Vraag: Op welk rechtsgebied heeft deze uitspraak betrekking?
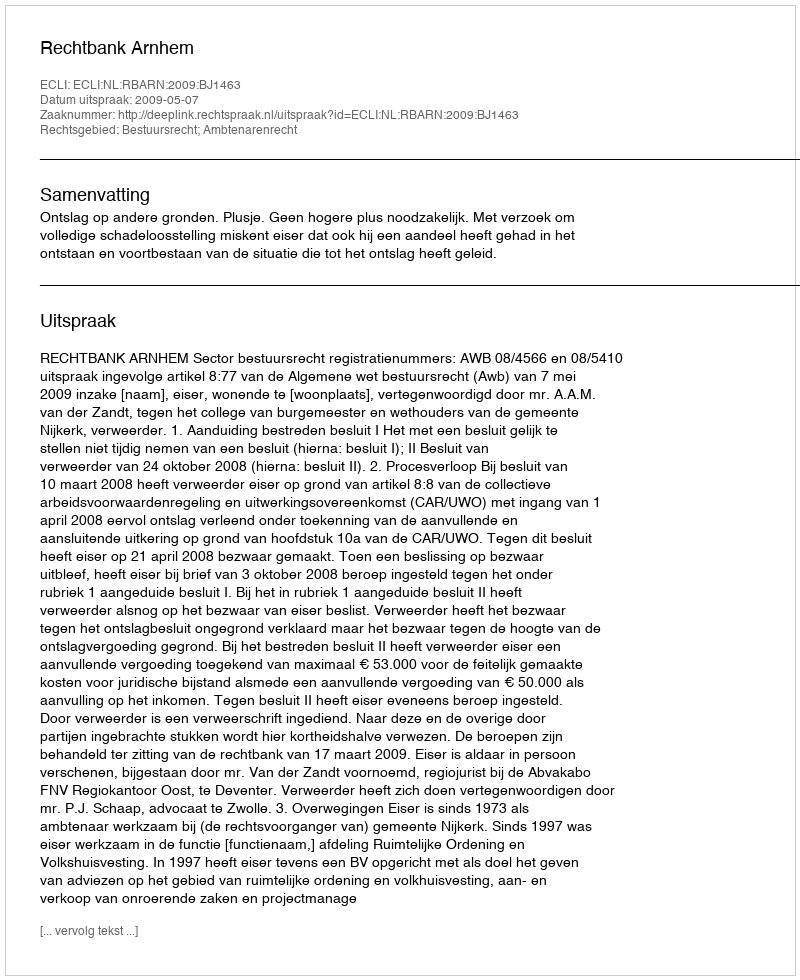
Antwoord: Bestuursrecht; Ambtenarenrecht